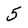
Character: 5